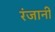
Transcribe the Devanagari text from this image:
रंजानी